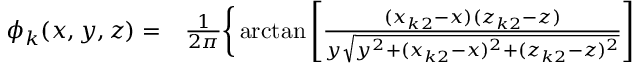
\begin{array} { r l } { \phi _ { k } ( x , y , z ) = } & { { } \frac { 1 } { 2 \pi } \bigg \{ \arctan \left[ \frac { ( x _ { k 2 } - x ) ( z _ { k 2 } - z ) } { y \sqrt { y ^ { 2 } + ( x _ { k 2 } - x ) ^ { 2 } + ( z _ { k 2 } - z ) ^ { 2 } } } \right] } \end{array}